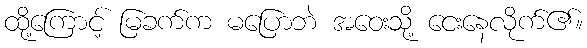
ထို့ကြောင့် မြခက်က မပြောဘဲ အဝေးသို့ ငေးနေလိုက်၏။